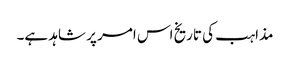
مذاہب کی تاریخ اس امر پر شاہد ہے۔